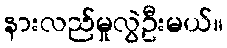
နားလည်မှုလွဲဦးမယ်။